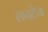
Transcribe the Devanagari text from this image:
सनटैन